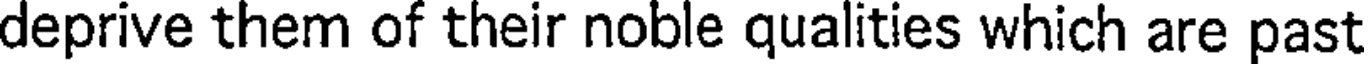
deprive them of their noble qualities which are past